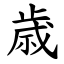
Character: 歳